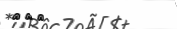
١٣٧